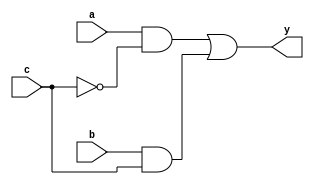
module mux2(y,a,b,c);
input a;
input b;
input c;
output y;
assign y = (a&~c) | (b&c);
endmodule

module mux16to1(y,a,sel);
input [15:0] a;
input [3:0] sel;
wire [13:0] cables;
output y;

mux2 mux_1(cables[0],a[0],a[1],sel[0]);
mux2 mux_2(cables[1],a[2],a[3],sel[0]);
mux2 mux_3(cables[2],a[4],a[5],sel[0]);
mux2 mux_4(cables[3],a[6],a[7],sel[0]);
mux2 mux_5(cables[4],a[8],a[9],sel[0]);
mux2 mux_6(cables[5],a[10],a[11],sel[0]);
mux2 mux_7(cables[6],a[12],a[13],sel[0]);
mux2 mux_8(cables[7],a[14],a[15],sel[0]);

mux2 mux_9(cables[8],cables[0],cables[1],sel[1]);
mux2 mux_10(cables[9],cables[2],cables[3],sel[1]);
mux2 mux_11(cables[10],cables[4],cables[5],sel[1]);
mux2 mux_12(cables[11],cables[6],cables[7],sel[1]);

mux2 mux_13(cables[12],cables[8],cables[9],sel[2]);
mux2 mux_14(cables[13],cables[10],cables[11],sel[2]);

mux2 mux_15(y,cables[12],cables[13],sel[3]);

endmodule

module mux16to1_tb;
reg [15:0] a;
reg [3:0] sel;
wire y;
mux16to1 prueba(y,a,sel);
initial begin
a[0]=1;a[1]=0;a[2]=0; a[3] = 0; a[4] = 0; a[5] = 0; a[6] = 0; a[7] = 0; a[8] = 0; a[9] = 0; a[10] = 0; a[11] = 0; a[12] = 0; a[13] = 0; a[14] = 0; a[15] = 0; sel[3] = 0; sel[2] = 0;sel[1] = 0; sel[0] = 0;
#1
a[0]=0;a[1]=1;a[2]=0; a[3] = 0; a[4] = 0; a[5] = 0; a[6] = 0; a[7] = 0; a[8] = 0; a[9] = 0; a[10] = 0; a[11] = 0; a[12] = 0; a[13] = 0; a[14] = 0; a[15] = 0; sel[3] = 0; sel[2] = 0;sel[1] = 0; sel[0] = 1;
#1
a[0]=0;a[1]=0;a[2]=1; a[3] = 0; a[4] = 0; a[5] = 0; a[6] = 0; a[7] = 0; a[8] = 0; a[9] = 0; a[10] = 0; a[11] = 0; a[12] = 0; a[13] = 0; a[14] = 0; a[15] = 0; sel[3] = 0; sel[2] = 0;sel[1] = 1; sel[0] = 0;
#1
a[0]=0;a[1]=0;a[2]=0; a[3] = 1; a[4] = 0; a[5] = 0; a[6] = 0; a[7] = 0; a[8] = 0; a[9] = 0; a[10] = 0; a[11] = 0; a[12] = 0; a[13] = 0; a[14] = 0; a[15] = 0; sel[3] = 0; sel[2] = 0;sel[1] = 1; sel[0] = 1;
#1
a[0]=0;a[1]=0;a[2]=0; a[3] = 0; a[4] = 1; a[5] = 0; a[6] = 0; a[7] = 0; a[8] = 0; a[9] = 0; a[10] = 0; a[11] = 0; a[12] = 0; a[13] = 0; a[14] = 0; a[15] = 0; sel[3] = 0; sel[2] = 1;sel[1] = 0; sel[0] = 0;
#1
a[0]=0;a[1]=0;a[2]=0; a[3] = 0; a[4] = 0; a[5] = 1; a[6] = 0; a[7] = 0; a[8] = 0; a[9] = 0; a[10] = 0; a[11] = 0; a[12] = 0; a[13] = 0; a[14] = 0; a[15] = 0; sel[3] = 0; sel[2] = 1;sel[1] = 0; sel[0] = 1;
#1
a[0]=0;a[1]=0;a[2]=0; a[3] = 0; a[4] = 0; a[5] = 0; a[6] = 1; a[7] = 0; a[8] = 0; a[9] = 0; a[10] = 0; a[11] = 0; a[12] = 0; a[13] = 0; a[14] = 0; a[15] = 0; sel[3] = 0; sel[2] = 1;sel[1] = 1; sel[0] = 0;
#1
a[0]=0;a[1]=0;a[2]=0; a[3] = 0; a[4] = 0; a[5] = 0; a[6] = 0; a[7] = 1; a[8] = 0; a[9] = 0; a[10] = 0; a[11] = 0; a[12] = 0; a[13] = 0; a[14] = 0; a[15] = 0; sel[3] = 0; sel[2] = 1;sel[1] = 1; sel[0] = 1;
#1
a[0]=0;a[1]=0;a[2]=0; a[3] = 0; a[4] = 0; a[5] = 0; a[6] = 0; a[7] = 0; a[8] = 1; a[9] = 0; a[10] = 0; a[11] = 0; a[12] = 0; a[13] = 0; a[14] = 0; a[15] = 0; sel[3] = 1; sel[2] = 0;sel[1] = 0; sel[0] = 0;
#1
a[0]=0;a[1]=0;a[2]=0; a[3] = 0; a[4] = 0; a[5] = 0; a[6] = 0; a[7] = 0; a[8] = 0; a[9] = 1; a[10] = 0; a[11] = 0; a[12] = 0; a[13] = 0; a[14] = 0; a[15] = 0; sel[3] = 1; sel[2] = 0;sel[1] = 0; sel[0] = 1;
#1
a[0]=0;a[1]=0;a[2]=0; a[3] = 0; a[4] = 0; a[5] = 0; a[6] = 0; a[7] = 0; a[8] = 0; a[9] = 0; a[10] = 1; a[11] = 0; a[12] = 0; a[13] = 0; a[14] = 0; a[15] = 0; sel[3] = 1; sel[2] = 0;sel[1] = 1; sel[0] = 0;
#1
a[0]=0;a[1]=0;a[2]=0; a[3] = 0; a[4] = 0; a[5] = 0; a[6] = 0; a[7] = 0; a[8] = 0; a[9] = 0; a[10] = 0; a[11] = 1; a[12] = 0; a[13] = 0; a[14] = 0; a[15] = 0; sel[3] = 1; sel[2] = 0;sel[1] = 1; sel[0] = 1;
#1
a[0]=0;a[1]=0;a[2]=0; a[3] = 0; a[4] = 0; a[5] = 0; a[6] = 0; a[7] = 0; a[8] = 0; a[9] = 0; a[10] = 0; a[11] = 0; a[12] = 1; a[13] = 0; a[14] = 0; a[15] = 0; sel[3] = 1; sel[2] = 1;sel[1] = 0; sel[0] = 0;
#1
a[0]=0;a[1]=0;a[2]=0; a[3] = 0; a[4] = 0; a[5] = 0; a[6] = 0; a[7] = 0; a[8] = 0; a[9] = 0; a[10] = 0; a[11] = 0; a[12] = 0; a[13] = 1; a[14] = 0; a[15] = 0; sel[3] = 1; sel[2] = 1;sel[1] = 0; sel[0] = 1;
#1
a[0]=0;a[1]=0;a[2]=0; a[3] = 0; a[4] = 0; a[5] = 0; a[6] = 0; a[7] = 0; a[8] = 0; a[9] = 0; a[10] = 0; a[11] = 0; a[12] = 0; a[13] = 0; a[14] = 1; a[15] = 0; sel[3] = 1; sel[2] = 1;sel[1] = 1; sel[0] = 0;
#1
a[0]=0;a[1]=0;a[2]=0; a[3] = 0; a[4] = 0; a[5] = 0; a[6] = 0; a[7] = 0; a[8] = 0; a[9] = 0; a[10] = 0; a[11] = 0; a[12] = 0; a[13] = 0; a[14] = 0; a[15] = 1; sel[3] = 1; sel[2] = 1;sel[1] = 1; sel[0] = 1;
#1
    $finish;
end
initial begin
    $monitor("%2d\t a0 = %b\t a1 = %b\t a2 = %b\ta3 = %b\ta4 = %b\ta5 = %b\ta6 = %b\ta7 = %b\ta8 = %b\ta9 = %b\ta10 = %b\ta11 = %b\ta12 = %b\ta13 = %b\ta14 = %b\ta15 = %b\ty = %b\t",$time,a[0],a[1],a[2],a[3],a[4],a[5],a[6],a[7],a[8],a[9],a[10],a[11],a[12],a[13],a[14],a[15],y);
end
endmodule